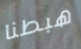
هبطنا